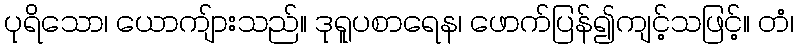
ပုရိသော၊ ယောကျ်ားသည်။ ဒုရူပစာရေန၊ ဖောက်ပြန်၍ကျင့်သဖြင့်။ တံ၊